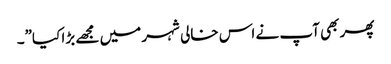
پھر بھی آپ نے اس خالی شہر میں مجھے بڑا کیا”۔